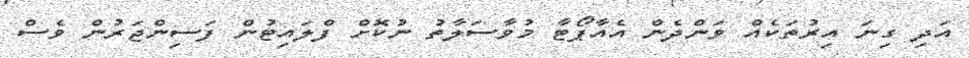
އަދި ގިނަ އިރުތަކެއް ވަންދެން އެއާޕޯޓާ މުވާސަލާތު ނުކޮށް ފްލައިޓުން ފަސިންޖަރުން ވެސް